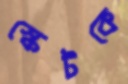
স্কেটকে